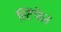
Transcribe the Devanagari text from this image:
स्टिफेन